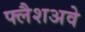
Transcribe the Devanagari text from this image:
फ्लैशअवे